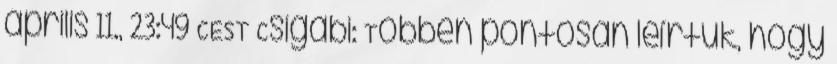
április 11., 23:49 CEST Csigabi: Többen pontosan leírtuk, hogy